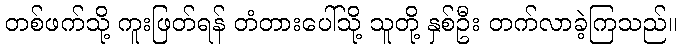
တစ်ဖက်သို့ ကူးဖြတ်ရန် တံတားပေါ်သို့ သူတို့ နှစ်ဦး တက်လာခဲ့ကြသည်။